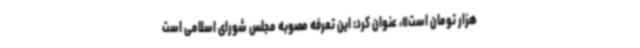
هزار تومان است»، عنوان کرد: این تعرفه مصوبه مجلس شورای اسلامی است